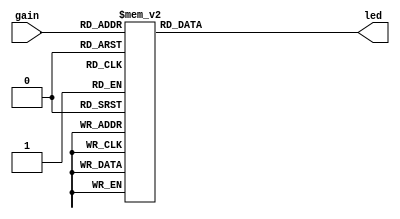
module gain_led(output reg[9:0] led, input[3:0] gain);
	always @*
	casez(gain)
		4'h7: led = 10'b0011111111;
		4'h6: led = 10'b0001111111;
		4'h5: led = 10'b0000111111;
		4'h4: led = 10'b0000011111;
		4'h3: led = 10'b0000001111;
		4'h2: led = 10'b0000000111;
		4'h1: led = 10'b0000000011;
		4'h0: led = 10'b1000000001;
		4'hF: led = 10'b1100000000;
		4'hE: led = 10'b1110000000;
		4'hD: led = 10'b1111000000;
		4'hC: led = 10'b1111100000;
		4'hB: led = 10'b1111110000;
		4'hA: led = 10'b1111111000;
		4'h9: led = 10'b1111111100;
		4'h8: led = 10'b0000000000;
	endcase
endmodule